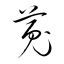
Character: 菟